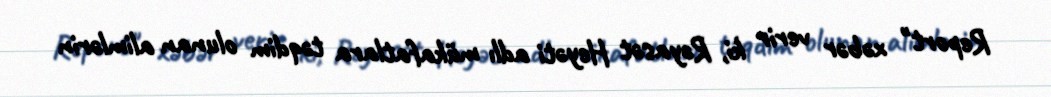
Report" xəbər verir ki, Rəyasət Heyəti adlı mükafatlara təqdim olunan alimlərin